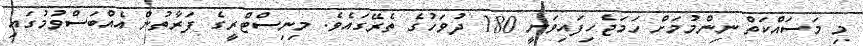
މި މަސައްކަތް ނިންމުމަށް ހަމަޖެހިފައިވަނީ 180 ދުވަހުގެ ތެރޭގައެވެ. މިނިސްޓްރީގެ ފަރާތުން އެއްބަސްވުމުގައި